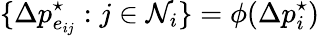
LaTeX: \{ \Delta p_{e_{ij}}^{\star}:j\in\mathcal{N}_{i}\} =\phi(\Delta p_{i}^{\star})